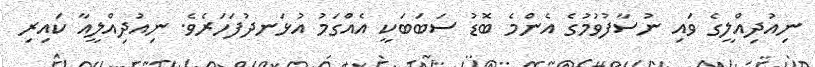
ނިއުދިއްލީގެ ވައި ނުސާފުވުމުގެ އެންމެ ބޮޑު ސަބަބަކީ އެއްގަމު އުޅަނދުފަހަރެވެ. ނިއުދިއްލީއާ ކައިރި